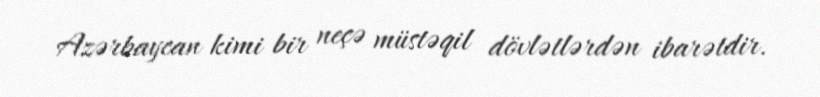
Azərbaycan kimi bir neçə müstəqil dövlətlərdən ibarətdir.